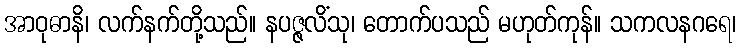
အာဝုဓာနိ၊ လက်နက်တို့သည်။ နပဇ္ဇလိံသု၊ တောက်ပသည် မဟုတ်ကုန်။ သကလနဂရေ၊